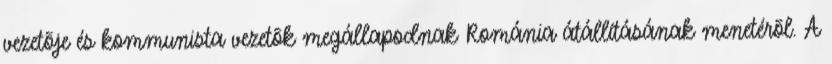
vezetõje és kommunista vezetõk megállapodnak Románia átállításának menetérõl. A